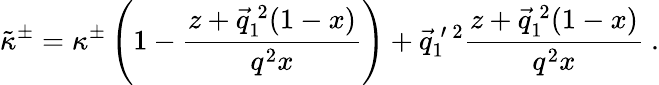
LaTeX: \tilde{\kappa}^{\pm}=\kappa^{\pm}\left(1-\frac{z+\vec{q}_{1}^{\: 2}(1-x)}{q^{2}x}\right)+\vec{q}_{1}^{\: \prime\: 2}\frac{z+\vec{q}_{1}^{\: 2}(1-x)}{q^{2}x}~.